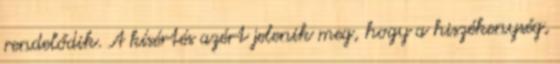
rendelődik. A kísértés azért jelenik meg, hogy a hiszékenység,